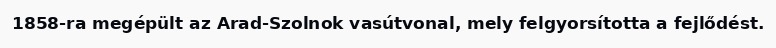
1858-ra megépült az Arad-Szolnok vasútvonal, mely felgyorsította a fejlődést.